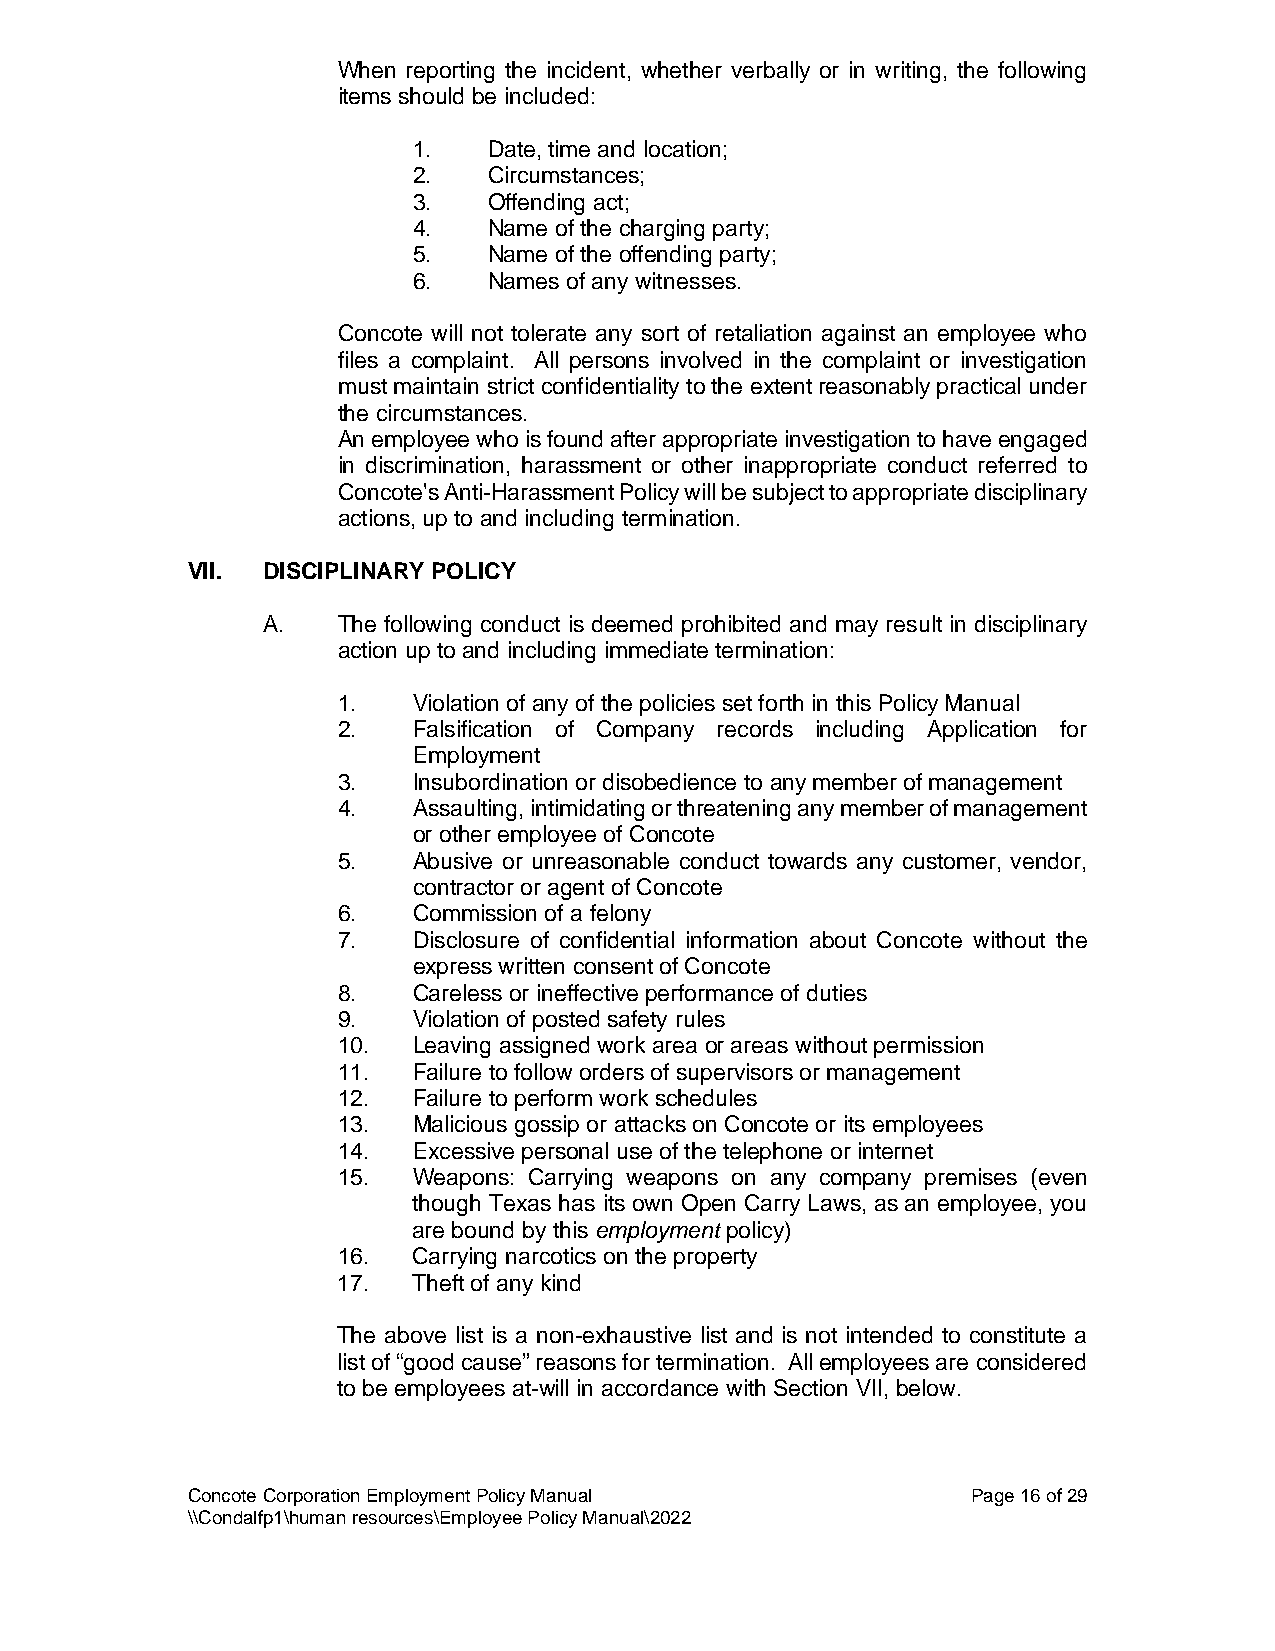
When reporting the incident, whether verbally or in writing, the following
 items should be included:
 1.   Date, time and location;
 2.   Circumstances;
 3.   Offending act;
 4.   Name of the charging party;
 5.   Name of the offending party;
 6.   Names of any witnesses.
 Concote will not tolerate any sort of retaliation against an employee who
 files a complaint. All persons involved in the complaint or investigation
 must maintain strict confidentiality to the extent reasonably practical under
 the circumstances.
 An employee who is found after appropriate investigation to have engaged
 in discrimination, harassment or other inappropriate conduct referred to
 Concote's Anti-Harassment Policy will be subject to appropriate disciplinary
 actions, up to and including termination.
 VII. DISCIPLINARY POLICY
 A.   The following conduct is deemed prohibited and may result in disciplinary
 action up to and including immediate termination:
 1.   Violation of any of the policies set forth in this Policy Manual
 2.   Falsification of Company records including Application for
 Employment
 3.   Insubordination or disobedience to any member of management
 4.   Assaulting, intimidating or threatening any member of management
 or other employee of Concote
 5.   Abusive or unreasonable conduct towards any customer, vendor,
 contractor or agent of Concote
 6.   Commission of a felony
 7.   Disclosure of confidential information about Concote without the
 express written consent of Concote
 8.   Careless or ineffective performance of duties
 9.   Violation of posted safety rules
 10.  Leaving assigned work area or areas without permission
 11.  Failure to follow orders of supervisors or management
 12.  Failure to perform work schedules
 13.  Malicious gossip or attacks on Concote or its employees
 14.  Excessive personal use of the telephone or internet
 15.  Weapons: Carrying weapons on any company premises (even
 though Texas has its own Open Carry Laws, as an employee, you
 are bound by this employment policy)
 16.  Carrying narcotics on the property
 17.  Theft of any kind
 The above list is a non-exhaustive list and is not intended to constitute a
 list of “good cause” reasons for termination. All employees are considered
 to be employees at-will in accordance with Section VII, below.
 Concote Corporation Employment Policy Manual        Page 16 of 29
 \\Condalfp1\human resources\Employee Policy Manual\2022